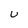
Character: U